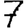
Digit: 7